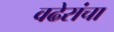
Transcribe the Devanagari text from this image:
वढेरांचा